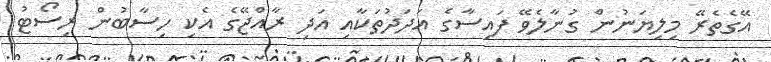
އޭގެތެރޭ މިލިޔަނުން ގުނާލެވޭ ފައިސާގެ އަދަދުތަކާއި އަދި ރާއްޖޭގެ އެކި ހިސާބުން ރިސޯޓު